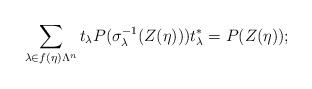
LaTeX: \begin{align*} \sum_{\lambda \in f(\eta) \Lambda^n} t_\lambda P(\sigma_\lambda^{-1}(Z(\eta))) t_\lambda^* = P(Z(\eta)) ; \end{align*}